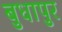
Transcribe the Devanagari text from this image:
बुधापुर